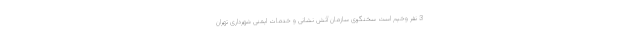
3 نفر وخیم است سخنگوی سازمان آتش نشانی و خدمات ایمنی شهرداری تهران